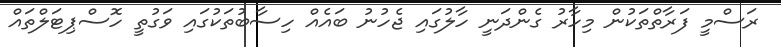
ރަސްމީ ފަރާތްތަކުން މިހާރު ގެންދަނީ ހާލުގައި ޖެހުނު ބައެއް ހިސާބުތަކުގައި ވަގުތީ ހޮސްޕިޓަލްތައް